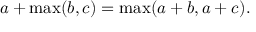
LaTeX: a + \operatorname* { m a x } ( b , c ) = \operatorname* { m a x } ( a + b , a + c ) .